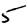
Digit: 5